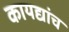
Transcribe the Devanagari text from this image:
कायद्यांच